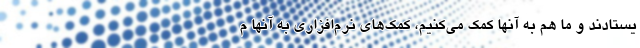
یستادند و ما هم به آنها کمک می‌کنیم، کمک‌های نرم‌افزاری به آنها م